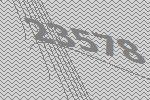
23578